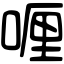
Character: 喱